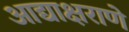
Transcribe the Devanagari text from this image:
आद्याक्षराणे